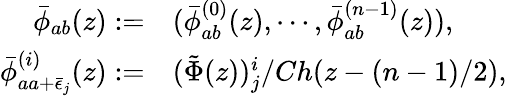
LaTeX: \begin{array}{rl}{{\bar{\phi}_{ab}(z):=}}&{{(\bar{\phi}_{ab}^{(0)}(z),\cdots,\bar{\phi}_{ab}^{(n-1)}(z)),}}\\ {{\bar{\phi}_{aa+\bar{\epsilon}_{j}}^{(i)}(z):=}}&{{(\tilde{\Phi}(z))_{j}^{i}/Ch(z-(n-1)/2),}}\end{array}